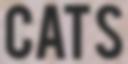
CATS